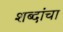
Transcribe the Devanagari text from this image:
शब्‍दांचा